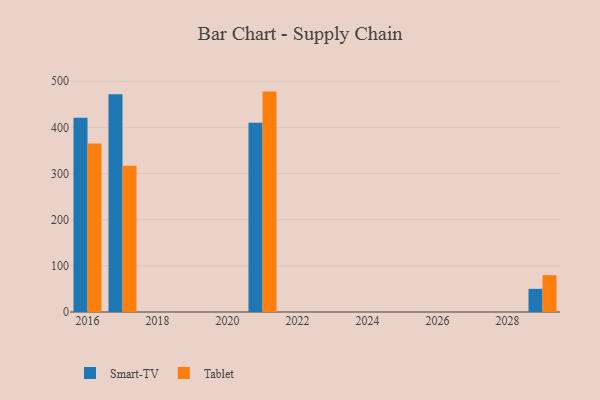
{"axis": {"x": "Year", "y": "Inventory Turnover"}, "legend": ["Smart-TV", "Tablet"], "data": [{"x": "2016", "y": 420.6, "type": "Smart-TV"}, {"x": "2016", "y": 364.8, "type": "Tablet"}, {"x": "2029", "y": 50.2, "type": "Smart-TV"}, {"x": "2029", "y": 79.8, "type": "Tablet"}, {"x": "2021", "y": 410.2, "type": "Smart-TV"}, {"x": "2021", "y": 477.5, "type": "Tablet"}, {"x": "2017", "y": 471.9, "type": "Smart-TV"}, {"x": "2017", "y": 317.1, "type": "Tablet"}]}